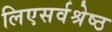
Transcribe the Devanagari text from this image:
लिएसर्वश्रेष्ठ